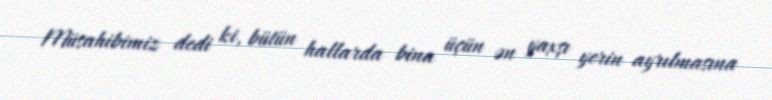
Müsahibimiz dedi ki, bütün hallarda bina üçün ən yaxşı yerin ayrılmasına